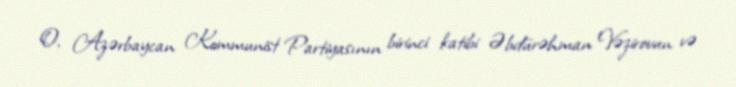
O, Azərbaycan Kommunist Partiyasının birinci katibi Əbdürəhman Vəzirovun və